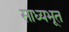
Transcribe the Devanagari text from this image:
साध्यभूत